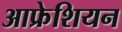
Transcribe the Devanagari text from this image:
आफ्रेशियन